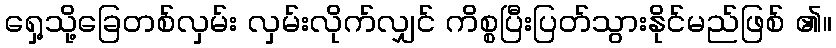
ရှေ့သို့ခြေတစ်လှမ်း လှမ်းလိုက်လျှင် ကိစ္စပြီးပြတ်သွားနိုင်မည်ဖြစ် ၏။